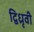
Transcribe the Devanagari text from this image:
द्विध्रृवी